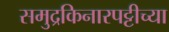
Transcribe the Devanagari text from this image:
समुद्रकिनारपट्टीच्या